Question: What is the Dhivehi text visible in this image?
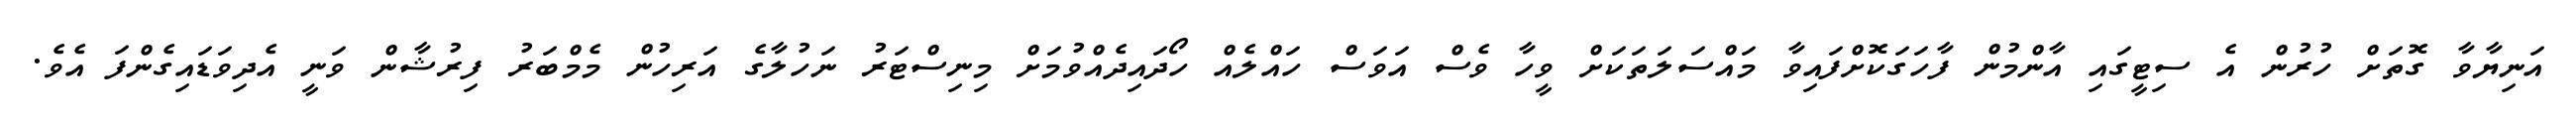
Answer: އަނިޔާވާ ގޮތަށް ހުރުން އެ ސިޓީގައި އާންމުން ފާހަގަކޮށްފައިވާ މައްސަލަތަކަށް ވީހާ ވެސް އަވަސް ހައްލެއް ހޯދައިދެއްވުމަށް މިނިސްޓަރު ނަހުލާގެ އަރިހުން މެމްބަރު ފިރުޝާން ވަނީ އެދިވަޑައިގެންފަ އެވެ.